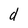
Character: d